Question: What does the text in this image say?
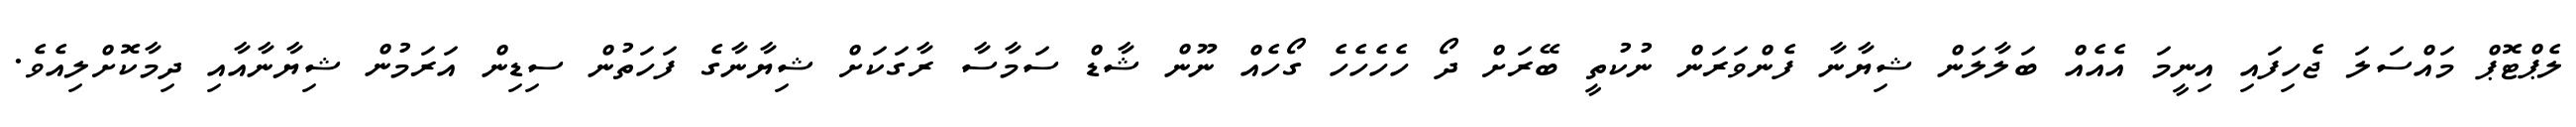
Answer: ލެޕްޓޮޕް މައްސަލަ ޖެހިފައި އިނީމަ އެއެއް ބަލާލަން ޝިޔާނާ ފެންވަރަން ނުކުތީ ބޭރަށް ދޯ ހެހެހެހެ ގޯހެއް ނޫން ޝާޑް ސަމާސާ ރާގަކަށް ޝިޔާނާގެ ފަހަތުން ސިޑިން އަރަމުން ޝިޔާނާއާއި ދިމާކޮށްލިއެވެ.